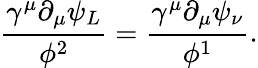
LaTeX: \frac{\gamma^{\mu}\partial_{\mu}\psi_{L}}{\phi^{2}}=\frac{\gamma^{\mu}\partial_{\mu}\psi_{\nu}}{\phi^{1}}.